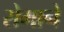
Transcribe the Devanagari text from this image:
रोमाने